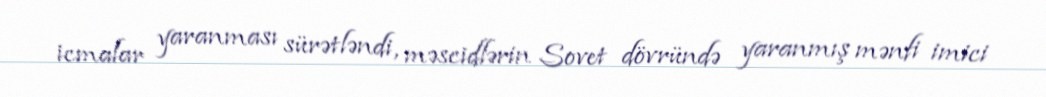
icmalar yaranması sürətləndi, məscidlərin Sovet dövründə yaranmış mənfi imici